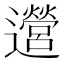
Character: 𫑔